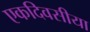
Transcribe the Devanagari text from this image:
एकदिवसीया